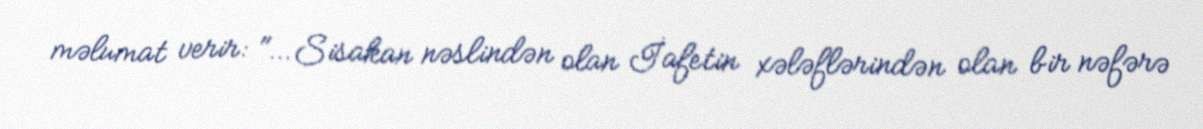
məlumat verir: "…Sisakan nəslindən olan İafetin xələflərindən olan bir nəfərə